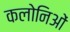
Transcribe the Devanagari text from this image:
कलोनिओं